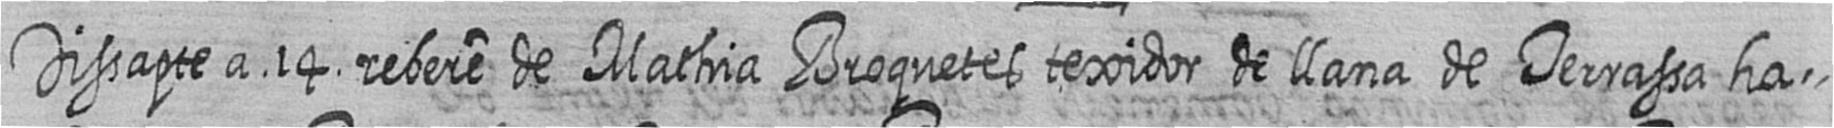
Dissapte a 14 rebere de Mathia Broquetes texidor de llana de Terrassa ha=